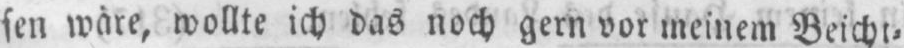
wollte ich das noch gern vor meinem Beicht⸗